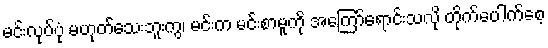
မင်းလုပ်ပုံ မဟုတ်သေးဘူးကွ၊ မင်းက မင်းစာမူကို အကြော်ရောင်းသလို တိုက်ပေါက်စေ့